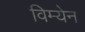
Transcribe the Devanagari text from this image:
विम्येन